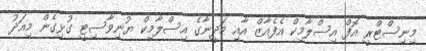
މިނިސްޓްރީ އޮފް އިސްލާމިކް އެފެއާޒް އާއި މަދީނާގެ އިސްލާމިކް ޔުނިވާސިޓީ ގުޅިގެން މިއަދު